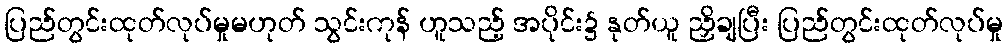
ပြည်တွင်းထုတ်လုပ်မှုမဟုတ် သွင်းကုန် ဟူသည့် အပိုင်း၌ နုတ်ယူ ညှိချပြီး ပြည်တွင်းထုတ်လုပ်မှု